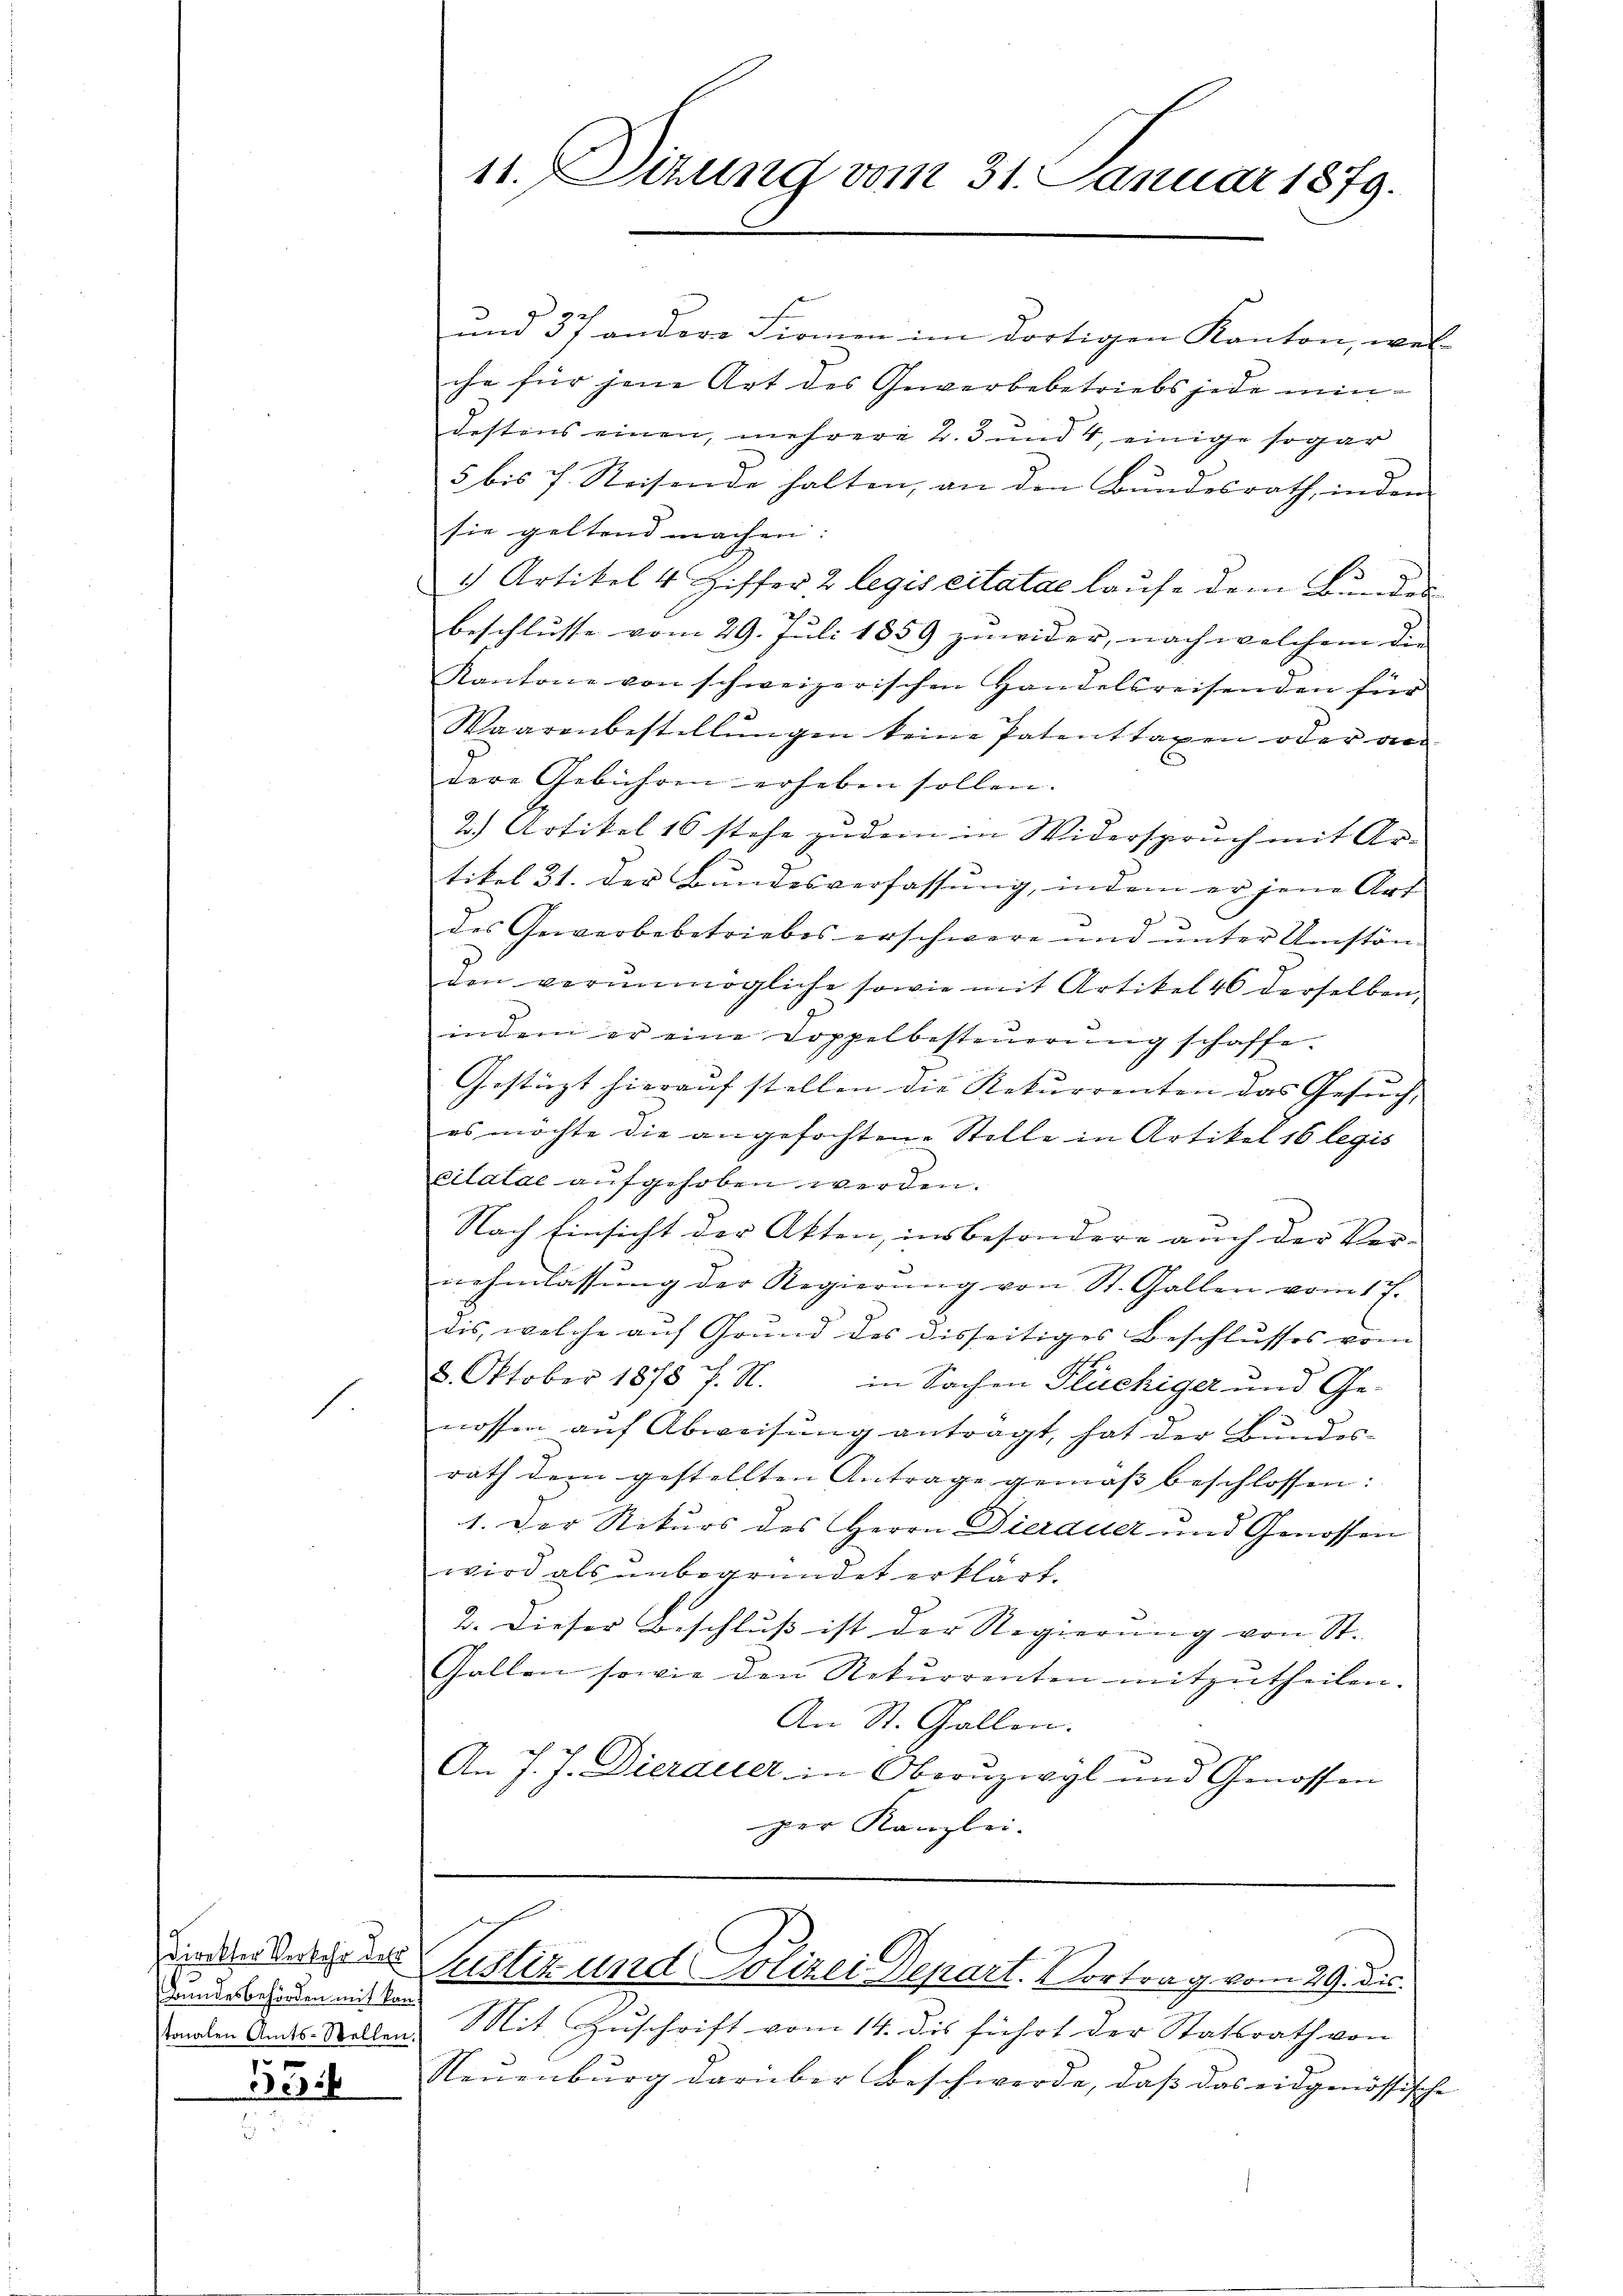
1.

3
Bundesbehörden mit kon¬
336

11. Sizung vom 31. Januar 1879.

ŭnd 37 andere Firmen im dortigen Kanton, wel
che für jene Art des Gewerbebetriebs jede mindestens einen, mehrere 2. 3 und 4, einige sogar
5 bis 7. Reisende halten, an den Bŭndesrath, inden
sie geltend machen. |
1) Artikel 4 Ziffer, 2 legis citatae laufe dem Bundesbeschlusse vom 29. Juli 1859 zuwider, nach welchem die
Kantone von schweizerischen Handelsreisenden für
Waarenbestellŭngen keine Patenttaxen oder vo
dere Gebühren erheben sollen.
2) Artikel 16 stehe zudem in Widerspruch mit Artikel 31. der Bundesverfassung, indem er jene Art
7
des Gewerbebetriebes erschwere und ŭnter Umstän
den verŭnmögliche sowie mit Artikel 46 derselben
indem er eine Doppelbesteŭerŭng schaffe.
Gestürzt hierauf stellen die Rekurrenten das Gesuch,
es möchte die angefochtene Stelle in Artikel 16 legis
citatae aufgehoben werden.
Nach Einsicht der Akten, insbesondere auch der Vernehmlassŭng der Regierŭng von St. Gallen vom 17.
dis, welche auf Grund des disseitiges Beschlusses vom
8. Oktober 1878 J. N. in Sachen Flüchiger und Genossen auf Abweisung antragt, hat der Bundes-
rath dem gestellten Antrage gemäß beschlossen:
1. Der Rekurs des Herrn Dierauer und Genossen
wird als unbegründet erklärt.
2. Dieser Beschluß ist der Regierung von St.
Gallen sowie den Rekurrenten mitzutheilen.
An St. Gallen.
An J. J. Dierauer in Oberuzwyl und Genossen
per Kanzlei.

sonalen Amts-Stellen. Mit Zuschrift vom 14. Dis führt der Stattrath von
Neŭenbŭrg darüber Beschwerde, daβ das eidgenössische

in der die Justiz und Polizei Depart. Vortrag vom 29. Dis